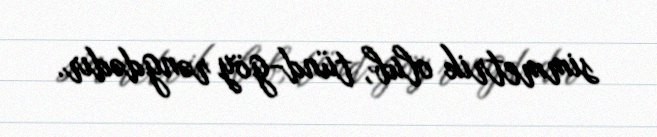
simmetrik olub, tünd-göy rəngdədır.